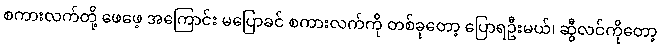
စကားလက်တို့ ဖေဖေ့ အကြောင်း မပြောခင် စကားလက်ကို တစ်ခုတော့ ပြောရဦးမယ်၊ ဆွီလင်ကိုတော့